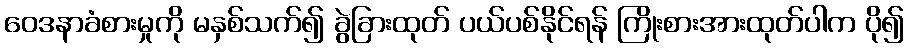
ဝေဒနာခံစားမှုကို မနှစ်သက်၍ ခွဲခြားထုတ် ပယ်ပစ်နိုင်ရန် ကြိုးစားအားထုတ်ပါက ပို၍